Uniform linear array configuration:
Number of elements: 4
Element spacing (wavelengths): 0.25
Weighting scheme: binomial
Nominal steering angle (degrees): -45
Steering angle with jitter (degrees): -45.015
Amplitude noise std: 0.05
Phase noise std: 0.05

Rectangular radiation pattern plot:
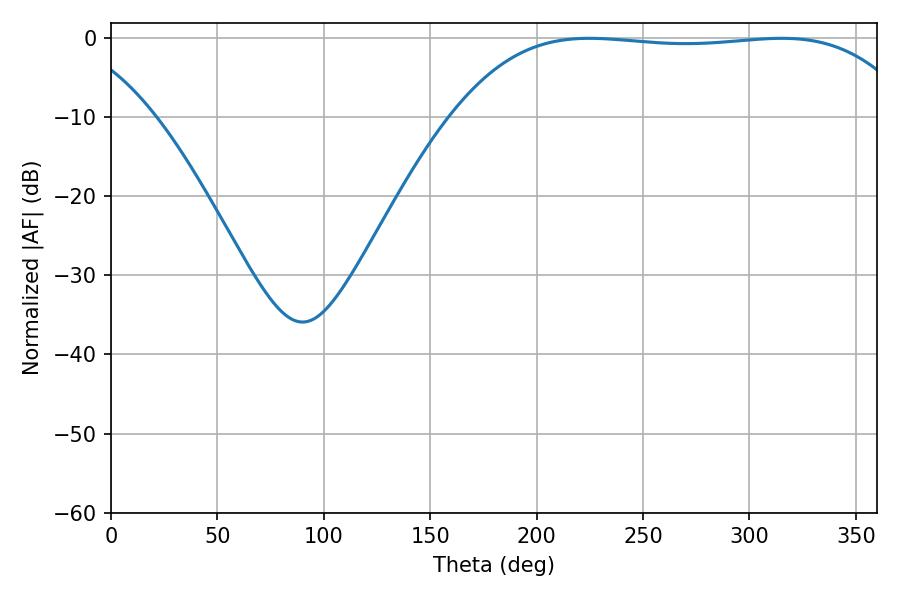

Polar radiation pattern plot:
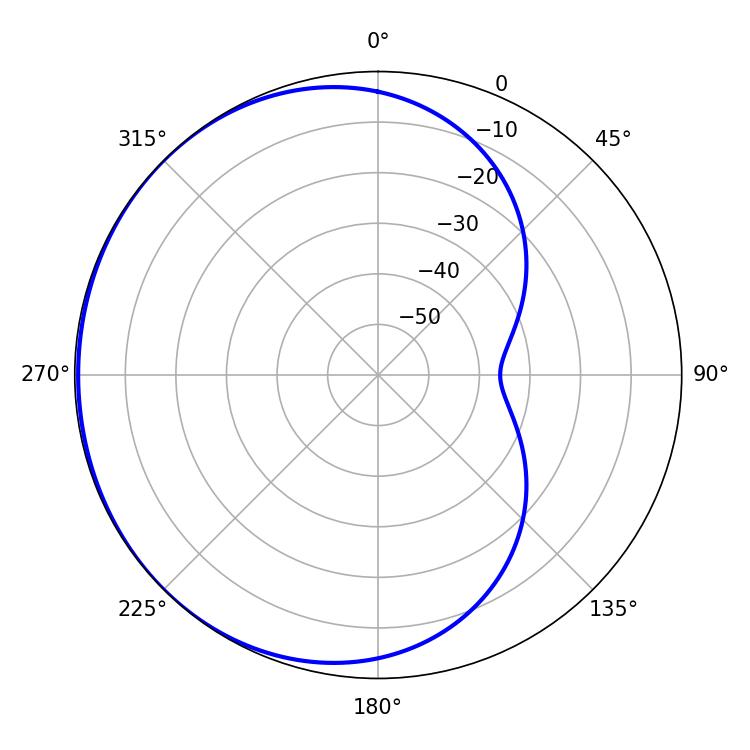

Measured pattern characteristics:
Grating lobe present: FALSE
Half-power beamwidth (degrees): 169.56
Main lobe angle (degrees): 224.82